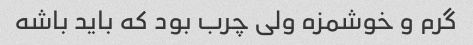
گرم و خوشمزه ولی چرب بود که باید باشه